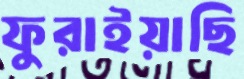
ফুরাইয়াছি